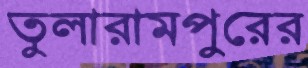
তুলারামপুরের